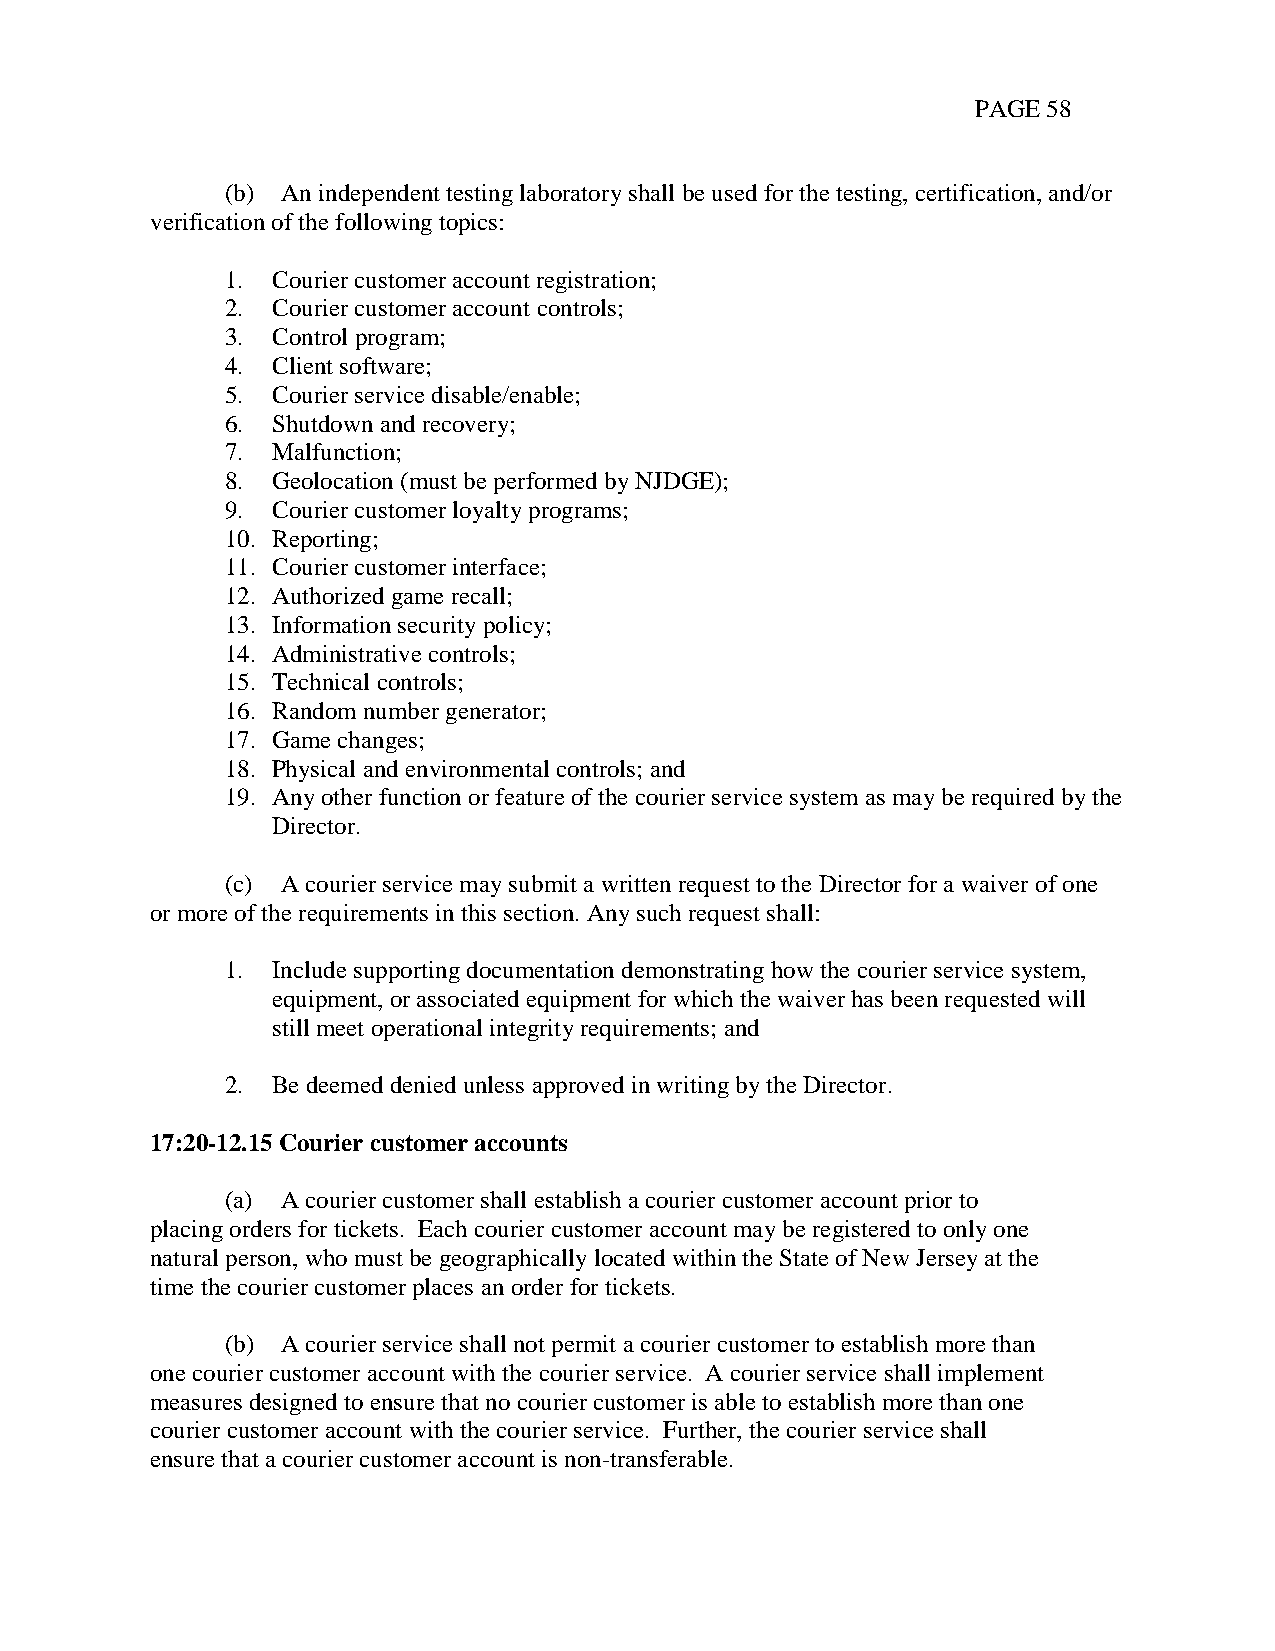
PAGE 58
 (b) An independent testing laboratory shall be used for the testing, certification, and/or
 verification of the following topics:
 1. Courier customer account registration;
 2. Courier customer account controls;
 3. Control program;
 4. Client software;
 5. Courier service disable/enable;
 6. Shutdown and recovery;
 7. Malfunction;
 8. Geolocation (must be performed by NJDGE);
 9. Courier customer loyalty programs;
 10. Reporting;
 11. Courier customer interface;
 12. Authorized game recall;
 13. Information security policy;
 14. Administrative controls;
 15. Technical controls;
 16. Random number generator;
 17. Game changes;
 18. Physical and environmental controls; and
 19. Any other function or feature of the courier service system as may be required by the
 Director.
 (c) A courier service may submit a written request to the Director for a waiver of one
 or more of the requirements in this section. Any such request shall:
 1. Include supporting documentation demonstrating how the courier service system,
 equipment, or associated equipment for which the waiver has been requested will
 still meet operational integrity requirements; and
 2. Be deemed denied unless approved in writing by the Director.
 17:20-12.15 Courier customer accounts
 (a) A courier customer shall establish a courier customer account prior to
 placing orders for tickets. Each courier customer account may be registered to only one
 natural person, who must be geographically located within the State of New Jersey at the
 time the courier customer places an order for tickets.
 (b) A courier service shall not permit a courier customer to establish more than
 one courier customer account with the courier service. A courier service shall implement
 measures designed to ensure that no courier customer is able to establish more than one
 courier customer account with the courier service. Further, the courier service shall
 ensure that a courier customer account is non-transferable.